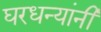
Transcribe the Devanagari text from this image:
घरधन्यांनी